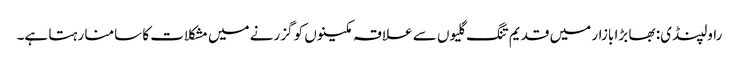
راولپنڈی: بھا بڑا بازار میں قدیم تنگ گلیوں سے علاقہ مکینوں کو گزرنے میں مشکلات کا سامنا رہتا ہے۔